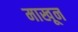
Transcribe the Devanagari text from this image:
माखून